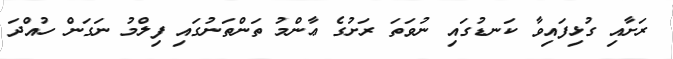
ރަށާއި ގުޅިފައިވާ ކަނޑުގައި ނުވަތަ ރަށުގެ ޢާންމު ތަންތަނުގައި ފިލްމު ނަގަން ހުއްދަ